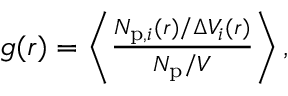
\begin{array} { r } { g ( r ) = \left\langle \frac { N _ { \mathrm { p } , i } ( r ) / \Delta V _ { i } ( r ) } { N _ { \mathrm { p } } / V } \right\rangle , } \end{array}